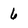
Character: 6